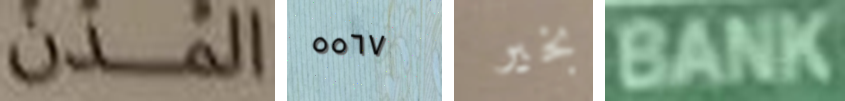
المدن ٥٥٦٧ بخير BANK